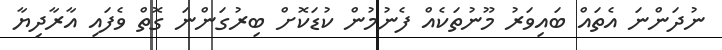
ނުދަންނަ އެތައް ބައިވަރު މޫނުތަކެއް ފެނުމުން ކުޑަކޮށް ބިރުގަންނަ ގޮތް ވެފައި އާރާދިޔާ